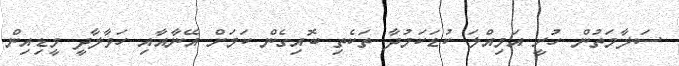
ސަލާމަތުން ހުރީ އަމިއްލަ ކުޑަކަމުދާ ތަކެތި ބޮއިގެން ކަމަށް އޭނާއާއި ހަވާލާދީ މީޑިއިން